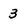
Character: 3